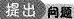
提出问题